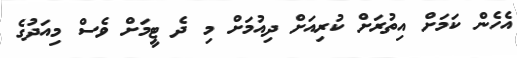
އެހެން ކަމަށް އިތުރަށް ކުރިއަށް ދިއުމަށް މި ދެ ޓީމަށް ވެސް މިއަދުގެ